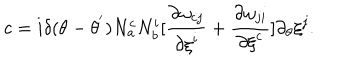
LaTeX: c = i { \delta } ( \theta - { \theta } ^ { ' } ) N _ { a } ^ { c } N _ { b } ^ { i } [ \frac { { \partial } { \omega } _ { c j } } { { \partial { \xi } ^ { i } } } + \frac { { \partial } { \omega } _ { j i } } { { \partial { \xi } ^ { c } } } ] \partial _ { \theta } { \xi } ^ { j } .